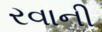
રવાની